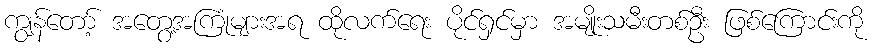
ကျွန်တော့် အတွေ့အကြုံများအရ ထိုလက်ရေး ပိုင်ရှင်မှာ အမျိုးသမီးတစ်ဦး ဖြစ်ကြောင်းကို